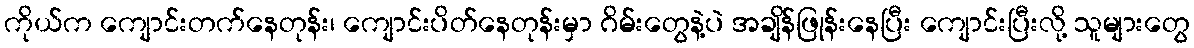
ကိုယ်က ကျောင်းတက်နေတုန်း၊ ကျောင်းပိတ်နေတုန်းမှာ ဂိမ်းတွေနဲ့ပဲ အချိန်ဖြုန်းနေပြီး ကျောင်းပြီးလို့ သူများတွေ